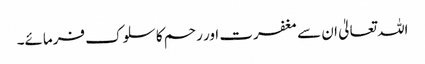
اللہ تعالیٰ ان سے مغفرت اور رحم کا سلوک فرمائے۔